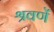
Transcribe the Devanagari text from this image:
श्रवणें